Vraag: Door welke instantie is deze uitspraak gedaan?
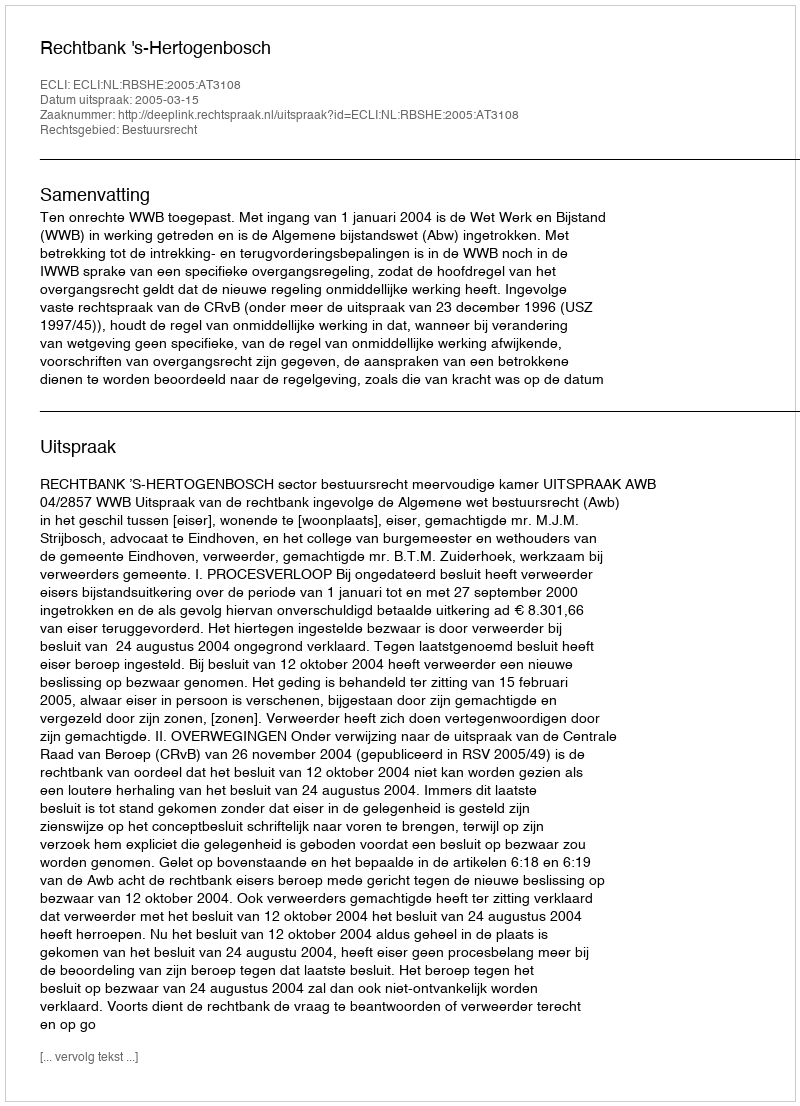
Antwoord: Rechtbank 's-Hertogenbosch